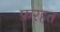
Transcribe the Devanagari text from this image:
फ़रहत